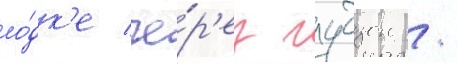
ло́дк'е че́р'ез гудзон /